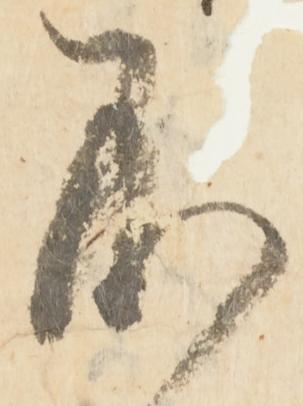
不